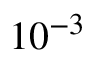
1 0 ^ { - 3 }